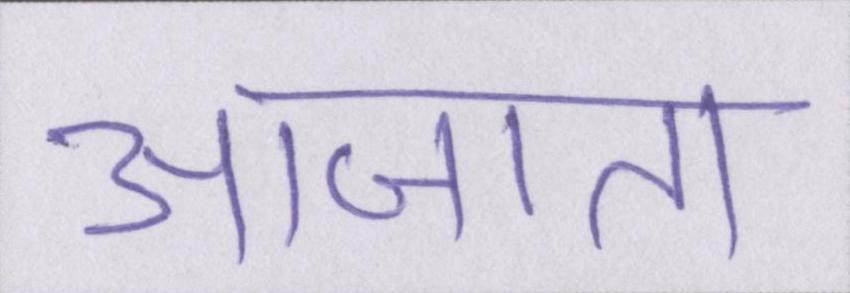
आजा॑ता